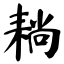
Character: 耥